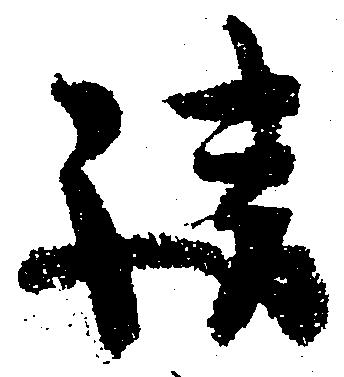
請